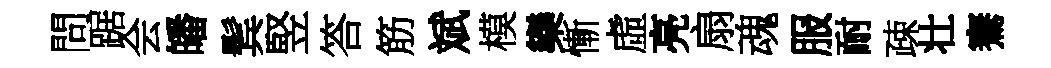
問踞会皤鬂竪答筋斌模欒慚虛亮扇魂服耐疎壮騫